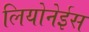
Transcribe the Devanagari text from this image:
लियोनेईस